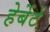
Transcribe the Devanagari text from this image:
हेर्बेर्ट